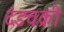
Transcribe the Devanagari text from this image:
दंडचक्री